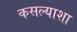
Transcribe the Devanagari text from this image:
कसल्याशा